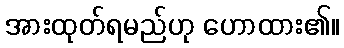
အားထုတ်ရမည်ဟု ဟောထား၏။